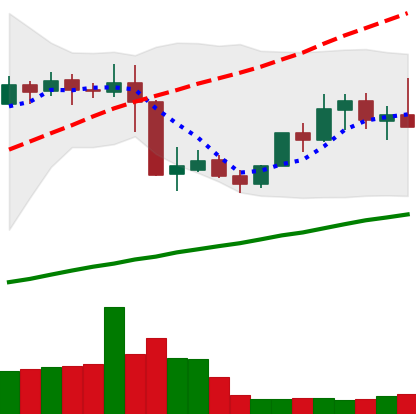
Ticker: XMR-USD
Chart end date: 2019-05-07
Forward return: 13.217%
Label: up_7plus